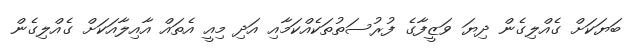
ބަޔަކަށް ގެއްލިގެން ދިޔަ ވަޒީފާގެ ފުރުސަތުތަކެއްކަމާއި އަދި މިއީ އެތައް އާއިލާއަކަށް ގެއްލިގެން